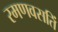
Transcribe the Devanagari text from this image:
रमणवसतिं